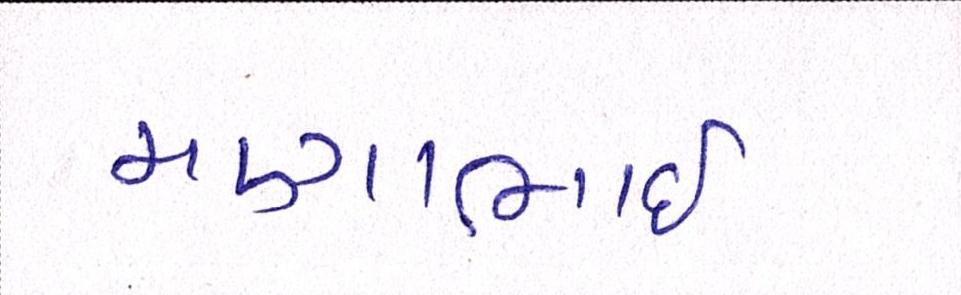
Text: મણાભાઈ